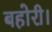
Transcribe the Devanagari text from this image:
बहोरी।